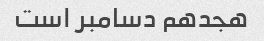
هجدهم دسامبر است